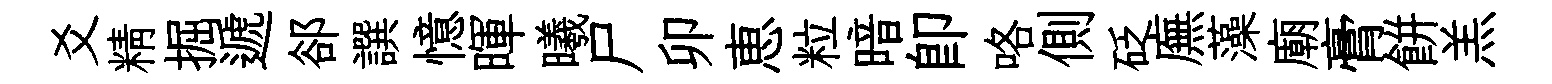
爻精掘遞郤譔憶暉曦尸卯恵粒暗即咯側砭廡藻廟膏餅羔